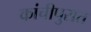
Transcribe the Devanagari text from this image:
कांचीपुरात